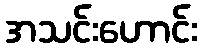
အသင်းဟောင်း